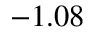
- 1 . 0 8